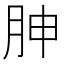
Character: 胂